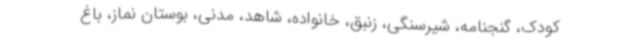
کودک، گنجنامه، شیرسنگی، زنبق، خانواده، شاهد، مدنی، بوستان نماز، باغ